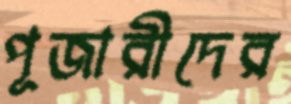
পূজারীদের